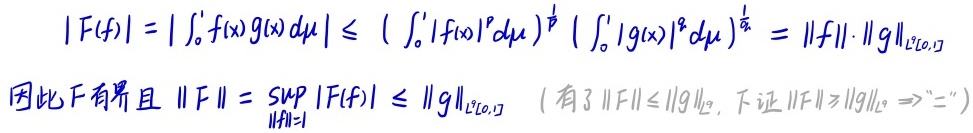
\[
|F(f)|=\left|\int_{0}^{1} f(x) g(x) d\mu\right| \leq\left(\int_{0}^{1}|f(x)|^{p} d\mu\right)^{\frac{1}{p}}\left(\int_{0}^{1}|g(x)|^{q} d\mu\right)^{\frac{1}{q}}=\|f\| \cdot\|g\|_{L^{q}[0,1]}
\]
因此 \(F\) 有界且 \(\|F\|=\sup_{\|f\| = 1}|F(f)| \leq\|g\|_{L^{q}[0,1]}\)（有了 \(\|F\| \leq\|g\|_{L^{q}}\)，下证 \(\|F\| \geq\|g\|_{L^{q}} \Rightarrow "="\)）